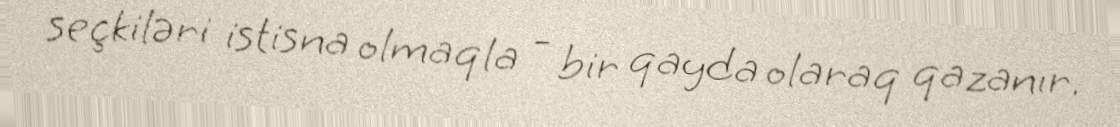
seçkiləri istisna olmaqla - bir qayda olaraq qazanır.